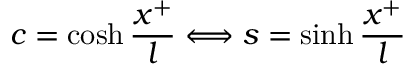
c = \cosh \frac { x ^ { + } } { l } \Longleftrightarrow s = \sinh \frac { x ^ { + } } { l }